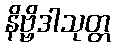
နိဗ္ဗိဒါသုတ္တ